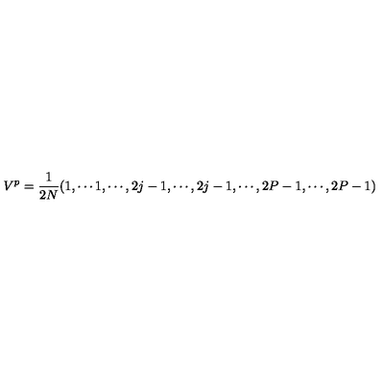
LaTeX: V ^ { p } = { \frac { 1 } { 2 N } } ( 1 , \cdots 1 , \cdots , 2 j - 1 , \cdots , 2 j - 1 , \cdots , 2 P - 1 , \cdots , 2 P - 1 )